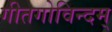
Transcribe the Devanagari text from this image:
गीतगोविन्दम्